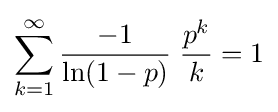
\sum _{k=1}^{\infty }{\frac {-1}{\ln(1-p)}}\;{\frac {p^{k}}{k}}=1